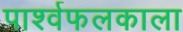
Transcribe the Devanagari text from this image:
पार्श्वफलकाला